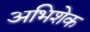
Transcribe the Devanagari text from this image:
अभिशेक